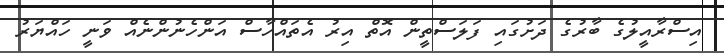
އިސްރާއީލުގެ ބާރުގެ ދަށުގައި ފަލަސްތީން އޮތް އިރު އެތައްހާސް އަންހެނުންނެއް ވަނީ ހައްޔަރު